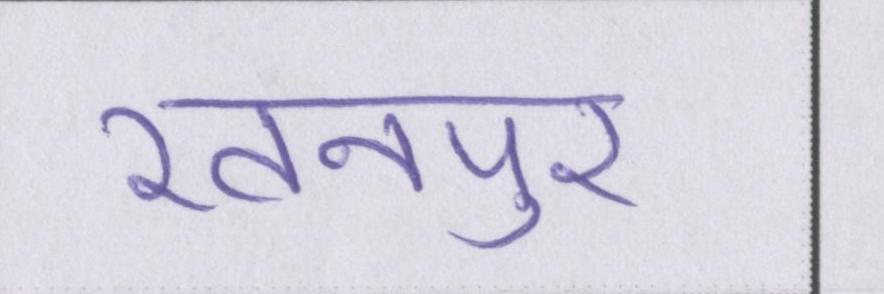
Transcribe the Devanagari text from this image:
रतनपुर